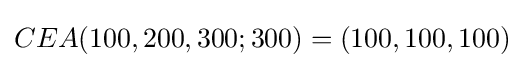
CEA(100,200,300;300)=(100,100,100)